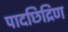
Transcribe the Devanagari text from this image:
पादछिद्रिण